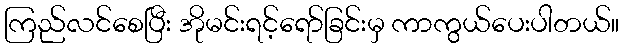
ကြည်လင်စေပြီး အိုမင်းရင့်ရော်ခြင်းမှ ကာကွယ်ပေးပါတယ်။